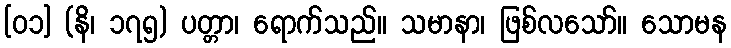
[၀၁] (နိ၊ ၁၇၅) ပတ္တာ၊ ရောက်သည်။ သမာနာ၊ ဖြစ်လသော်။ သောမန